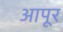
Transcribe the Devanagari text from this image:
आपूर